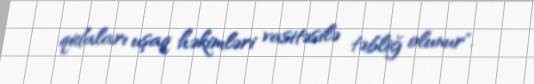
qidaları uşaq həkimləri vasitəsilə təbliğ olunur".